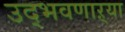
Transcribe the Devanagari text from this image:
उद्‌भवणाऱ्या